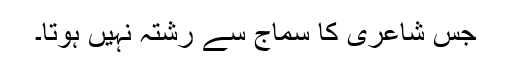
جس شاعری کا سماج سے رشتہ نہیں ہوتا۔